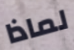
لماذا